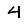
Digit: 4